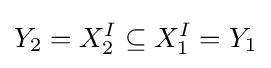
Y_{2}=X_{2}^{I}\subseteq X_{1}^{I}=Y_{1}